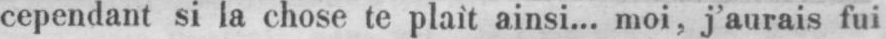
cependant si la chose te plaît ainsi... moi, j’aurais fui